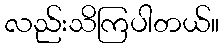
လည်းသိကြပါတယ်။